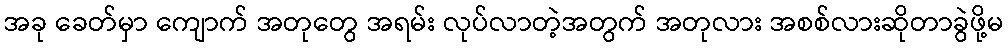
အခု ခေတ်မှာ ကျောက် အတုတွေ အရမ်း လုပ်လာတဲ့အတွက် အတုလား အစစ်လားဆိုတာခွဲဖို့မ